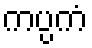
ကပ္ပကံ